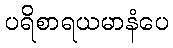
ပရိစာရယမာနံပေ